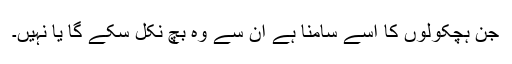
جن ہچکولوں کا اسے سامنا ہے اُن سے وہ بچ نکل سکے گا یا نہیں۔